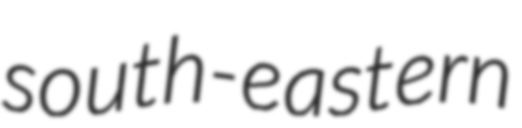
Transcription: south-eastern